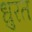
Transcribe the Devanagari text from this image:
धुरत